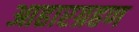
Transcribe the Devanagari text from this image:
आहारग्रहण